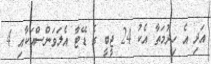
އަދި އެ ހިދުމަތާ އެކު 24 ޖީބީ ގެ ޑޭޓާ އެލަވަންސްއަކާއި 4